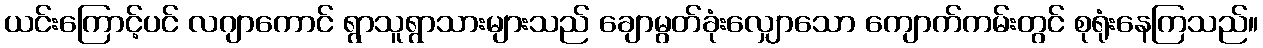
ယင်းကြောင့်ပင် လဂျာကောင် ရွာသူရွာသားများသည် ချောမွတ်ခုံးလျှောသော ကျောက်ကမ်းတွင် စုရုံးနေကြသည်။